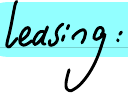
Leasing: